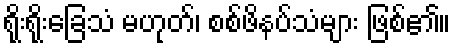
ရိုးရိုးခြေသံ မဟုတ်၊ စစ်ဖိနပ်သံများ ဖြစ်၏။